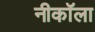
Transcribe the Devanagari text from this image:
नीकॉला